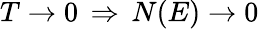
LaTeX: T\to 0\, \Rightarrow\, N(E)\to 0